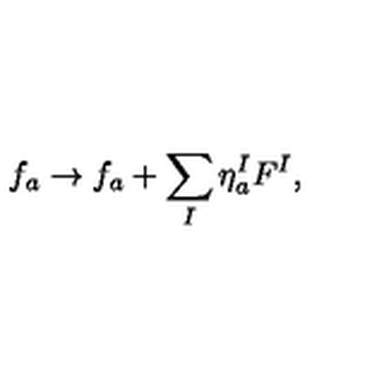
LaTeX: f _ { a } \rightarrow f _ { a } + \sum _ { I } \eta _ { a } ^ { I } F ^ { I } ,